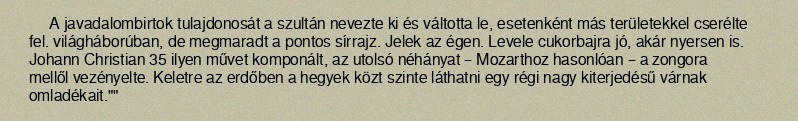
A javadalombirtok tulajdonosát a szultán nevezte ki és váltotta le, esetenként más területekkel cserélte fel. világháborúban, de megmaradt a pontos sírrajz. Jelek az égen. Levele cukorbajra jó, akár nyersen is. Johann Christian 35 ilyen művet komponált, az utolsó néhányat – Mozarthoz hasonlóan – a zongora mellől vezényelte. Keletre az erdőben a hegyek közt szinte láthatni egy régi nagy kiterjedésű várnak omladékait.""